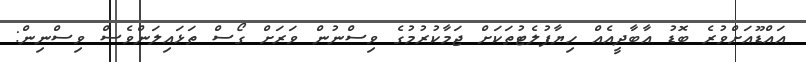
އައްޑޫއަށްވުރެ ބޮޑު އާބާދީއެއް ހިޔާފުލެޓުތަކަށް ޖަމާކުރުމުގެ ވިސްނުން ވަރަށް ގޯސް ތަޅައިލަންވެސް ވިސްނިން: